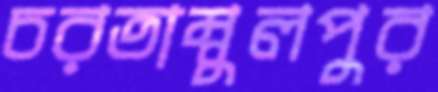
চরতাম্বুলপুর